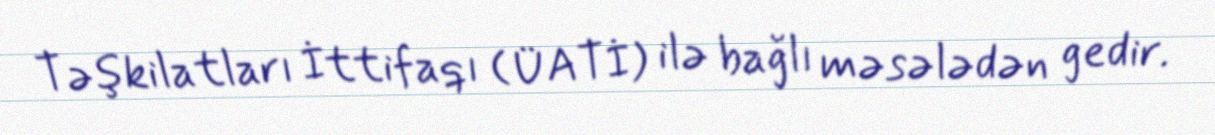
Təşkilatları İttifaqı (ÜATİ) ilə bağlı məsələdən gedir.